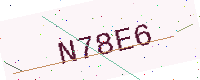
Text: N78E6